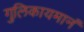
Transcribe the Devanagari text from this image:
गुलिकायमानं